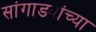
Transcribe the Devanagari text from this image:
सांगाड्यांच्या